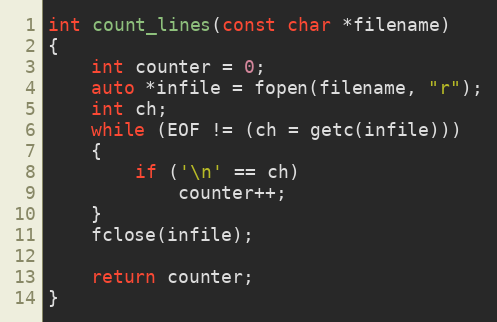
Language: C++
int count_lines(const char *filename)
{
    int counter = 0;
    auto *infile = fopen(filename, "r");
    int ch;
    while (EOF != (ch = getc(infile)))
    {
        if ('\n' == ch)
            counter++;
    }
    fclose(infile);

    return counter;
}